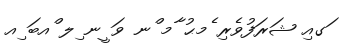
ަގއި ޝަރަފުވެރި ެމޙު ާމ ްނ ވަ ީނ ިލ ްއބަ ިއ